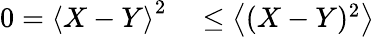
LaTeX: \begin{array}{rl}{0=\left<X-Y\right>^{2}}&{{}\le\left<(X-Y)^{2}\right>}\end{array}